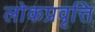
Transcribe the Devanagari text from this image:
लोकप्रवृत्ति